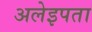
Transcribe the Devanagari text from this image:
अलेइपता